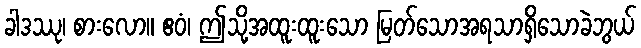
ခါဒဿု၊ စားလော။ ဧဝံ၊ ဤသို့အထူးထူးသော မြတ်သောအရသာရှိသောခဲဘွယ်